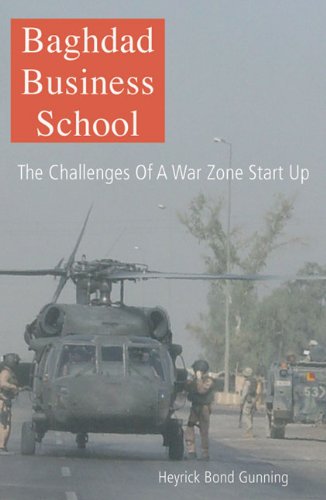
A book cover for Baghdad Business School; Heyrick Bond-Gunning; Travel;